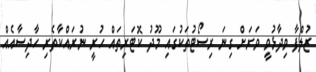
ޒުލްފާ ވިދާޅުވީ ވަރަށް ގިނަ ރިސޯޓުތަކުގައި މޫދު ކޮޓަރިތައް ހުރީ ނުރައްކާތެރި ހާދިސާއެއް